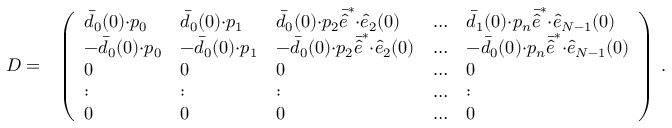
\begin{array} { r l } { D = } & { \left( \begin{array} { l l l l l } { \bar { d } _ { 0 } ( 0 ) { \cdot } p _ { 0 } } & { \bar { d } _ { 0 } ( 0 ) { \cdot } p _ { 1 } } & { \bar { d } _ { 0 } ( 0 ) { \cdot } p _ { 2 } \bar { \hat { e } } ^ { * } { \cdot } \hat { e } _ { 2 } ( 0 ) } & { \dots } & { \bar { d } _ { 1 } ( 0 ) { \cdot } p _ { n } \bar { \hat { e } } ^ { * } { \cdot } \hat { e } _ { N - 1 } ( 0 ) } \\ { - \bar { d } _ { 0 } ( 0 ) { \cdot } p _ { 0 } } & { - \bar { d } _ { 0 } ( 0 ) { \cdot } p _ { 1 } } & { - \bar { d } _ { 0 } ( 0 ) { \cdot } p _ { 2 } \bar { \hat { e } } ^ { * } { \cdot } \hat { e } _ { 2 } ( 0 ) } & { \dots } & { - \bar { d } _ { 0 } ( 0 ) { \cdot } p _ { n } \bar { \hat { e } } ^ { * } { \cdot } \hat { e } _ { N - 1 } ( 0 ) } \\ { 0 } & { 0 } & { 0 } & { \dots } & { 0 } \\ { : } & { : } & { : } & { \dots } & { : } \\ { 0 } & { 0 } & { 0 } & { \dots } & { 0 } \end{array} \right) \, . } \end{array}